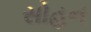
સોહન